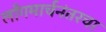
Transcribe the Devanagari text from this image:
लाँगमार्चनंतरचा